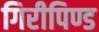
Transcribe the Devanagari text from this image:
गिरीपिण्ड